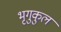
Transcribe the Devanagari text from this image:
भृगुकुल